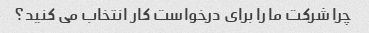
چرا شرکت ما را برای درخواست کار انتخاب می کنید؟